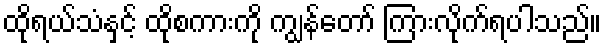
ထိုရယ်သံနှင့် ထိုစကားကို ကျွန်တော် ကြားလိုက်ရပါသည်။